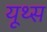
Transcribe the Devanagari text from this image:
यूथ्स